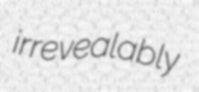
irrevealably